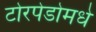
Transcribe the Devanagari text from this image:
टोरपेडोमधे